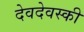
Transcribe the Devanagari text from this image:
देवदेवस्की